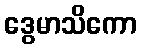
ဒွေမာသိကော